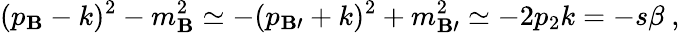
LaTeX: (p_{\mathbf{B}}-k)^{2}-m_{\mathbf{B}}^{2}\simeq-(p_{\mathbf{B}\prime}+k)^{2}+m_{\mathbf{B}\prime}^{2}\simeq-2p_{2}k=-s\beta~,